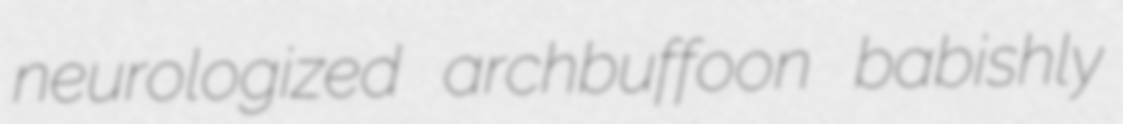
neurologized archbuffoon babishly